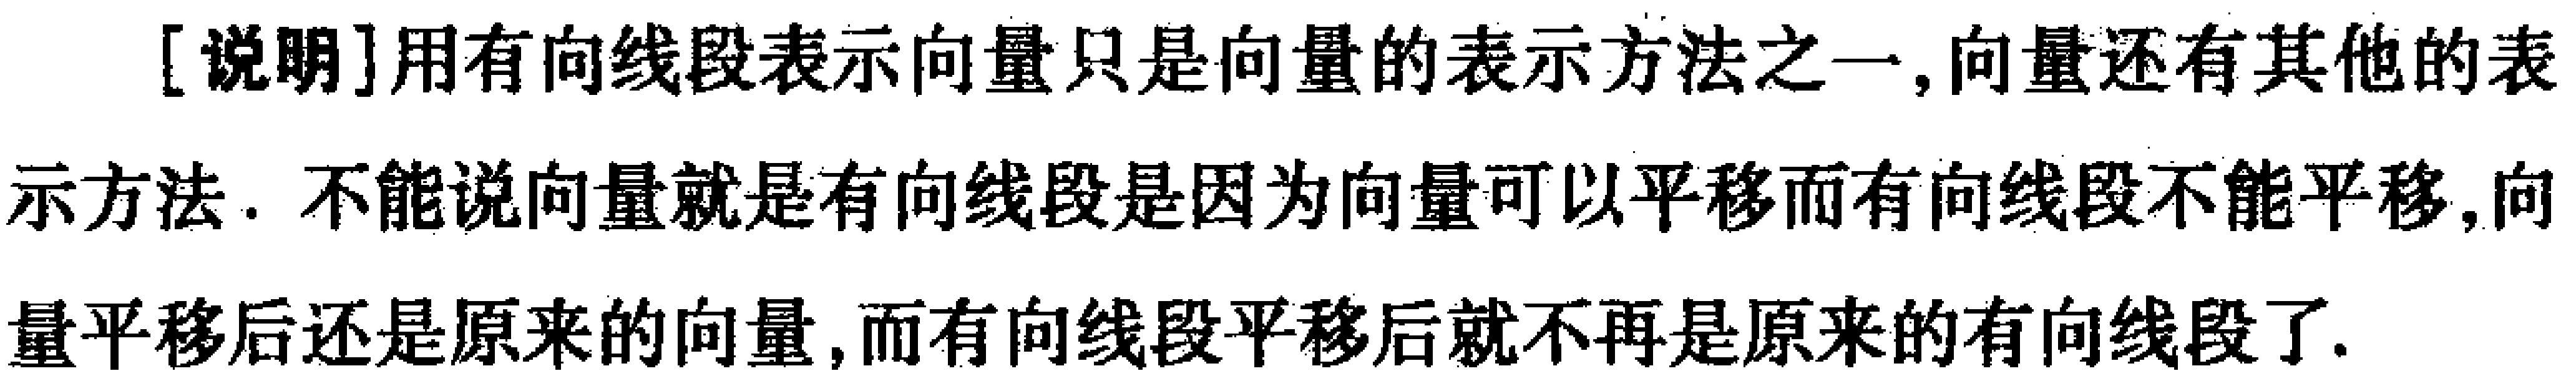
[说明]用有向线段表示向量只是向量的表示方法之一,向量还有其他的表示方法. 不能说向量就是有向线段是因为向量可以平移而有向线段不能平移,向量平移后还是原来的向量,而有向线段平移后就不再是原来的有向线段了.